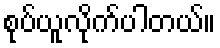
စုပ်ယူလိုက်ပါတယ်။